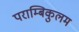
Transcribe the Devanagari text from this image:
पराम्बिकुलम